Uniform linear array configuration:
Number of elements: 12
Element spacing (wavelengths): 0.5
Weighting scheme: cosine
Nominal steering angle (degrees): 30
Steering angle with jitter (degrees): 31.85
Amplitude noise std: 0.05
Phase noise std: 0.05

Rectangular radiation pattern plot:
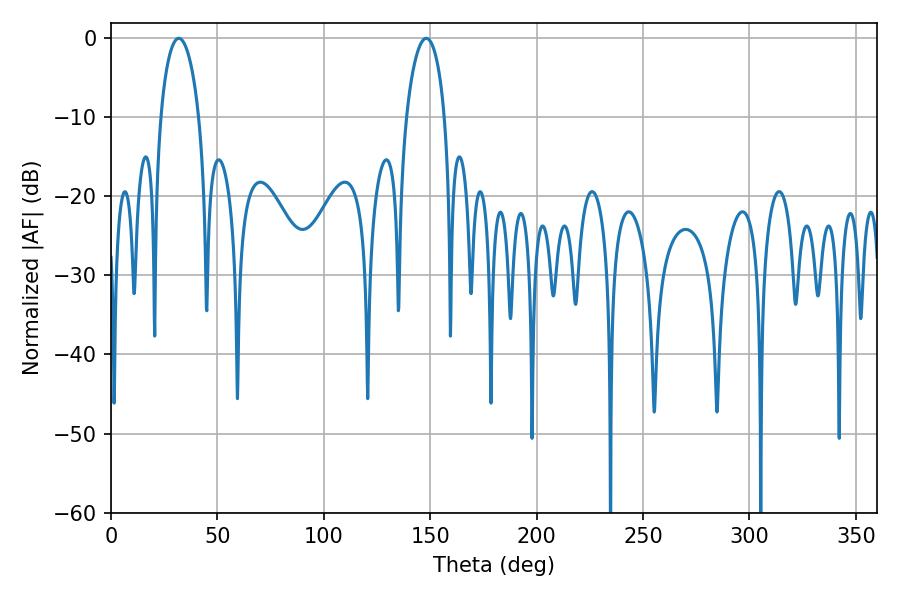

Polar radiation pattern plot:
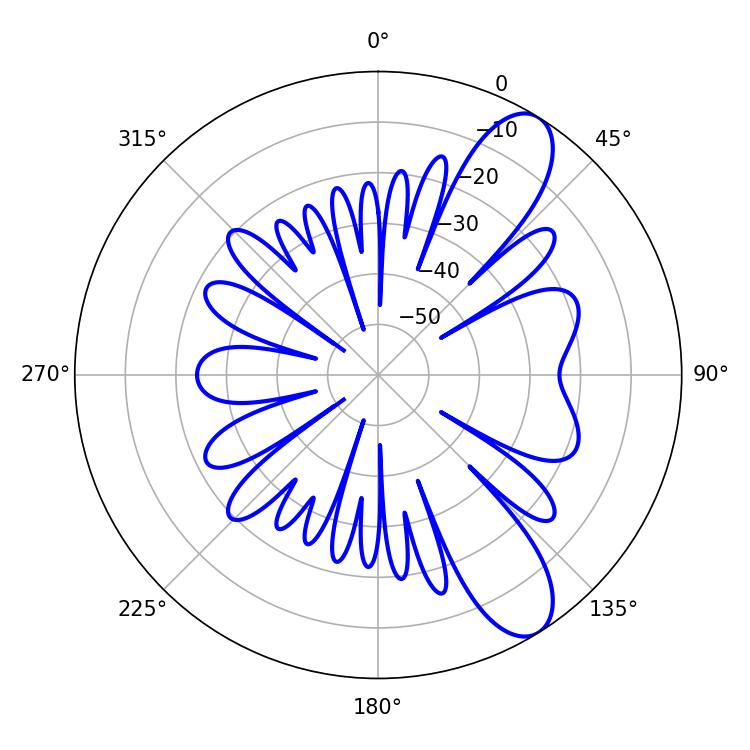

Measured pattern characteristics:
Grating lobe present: FALSE
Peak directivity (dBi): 9.828
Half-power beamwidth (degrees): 10.26
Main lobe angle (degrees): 31.86